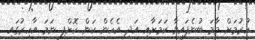
ހުރުމަށް މާމަ ބުނެފައިވާ ކަމަށާއި އަދި އެހެން ކަން ކޮށްފި ނަމަ އާހިރުގައި